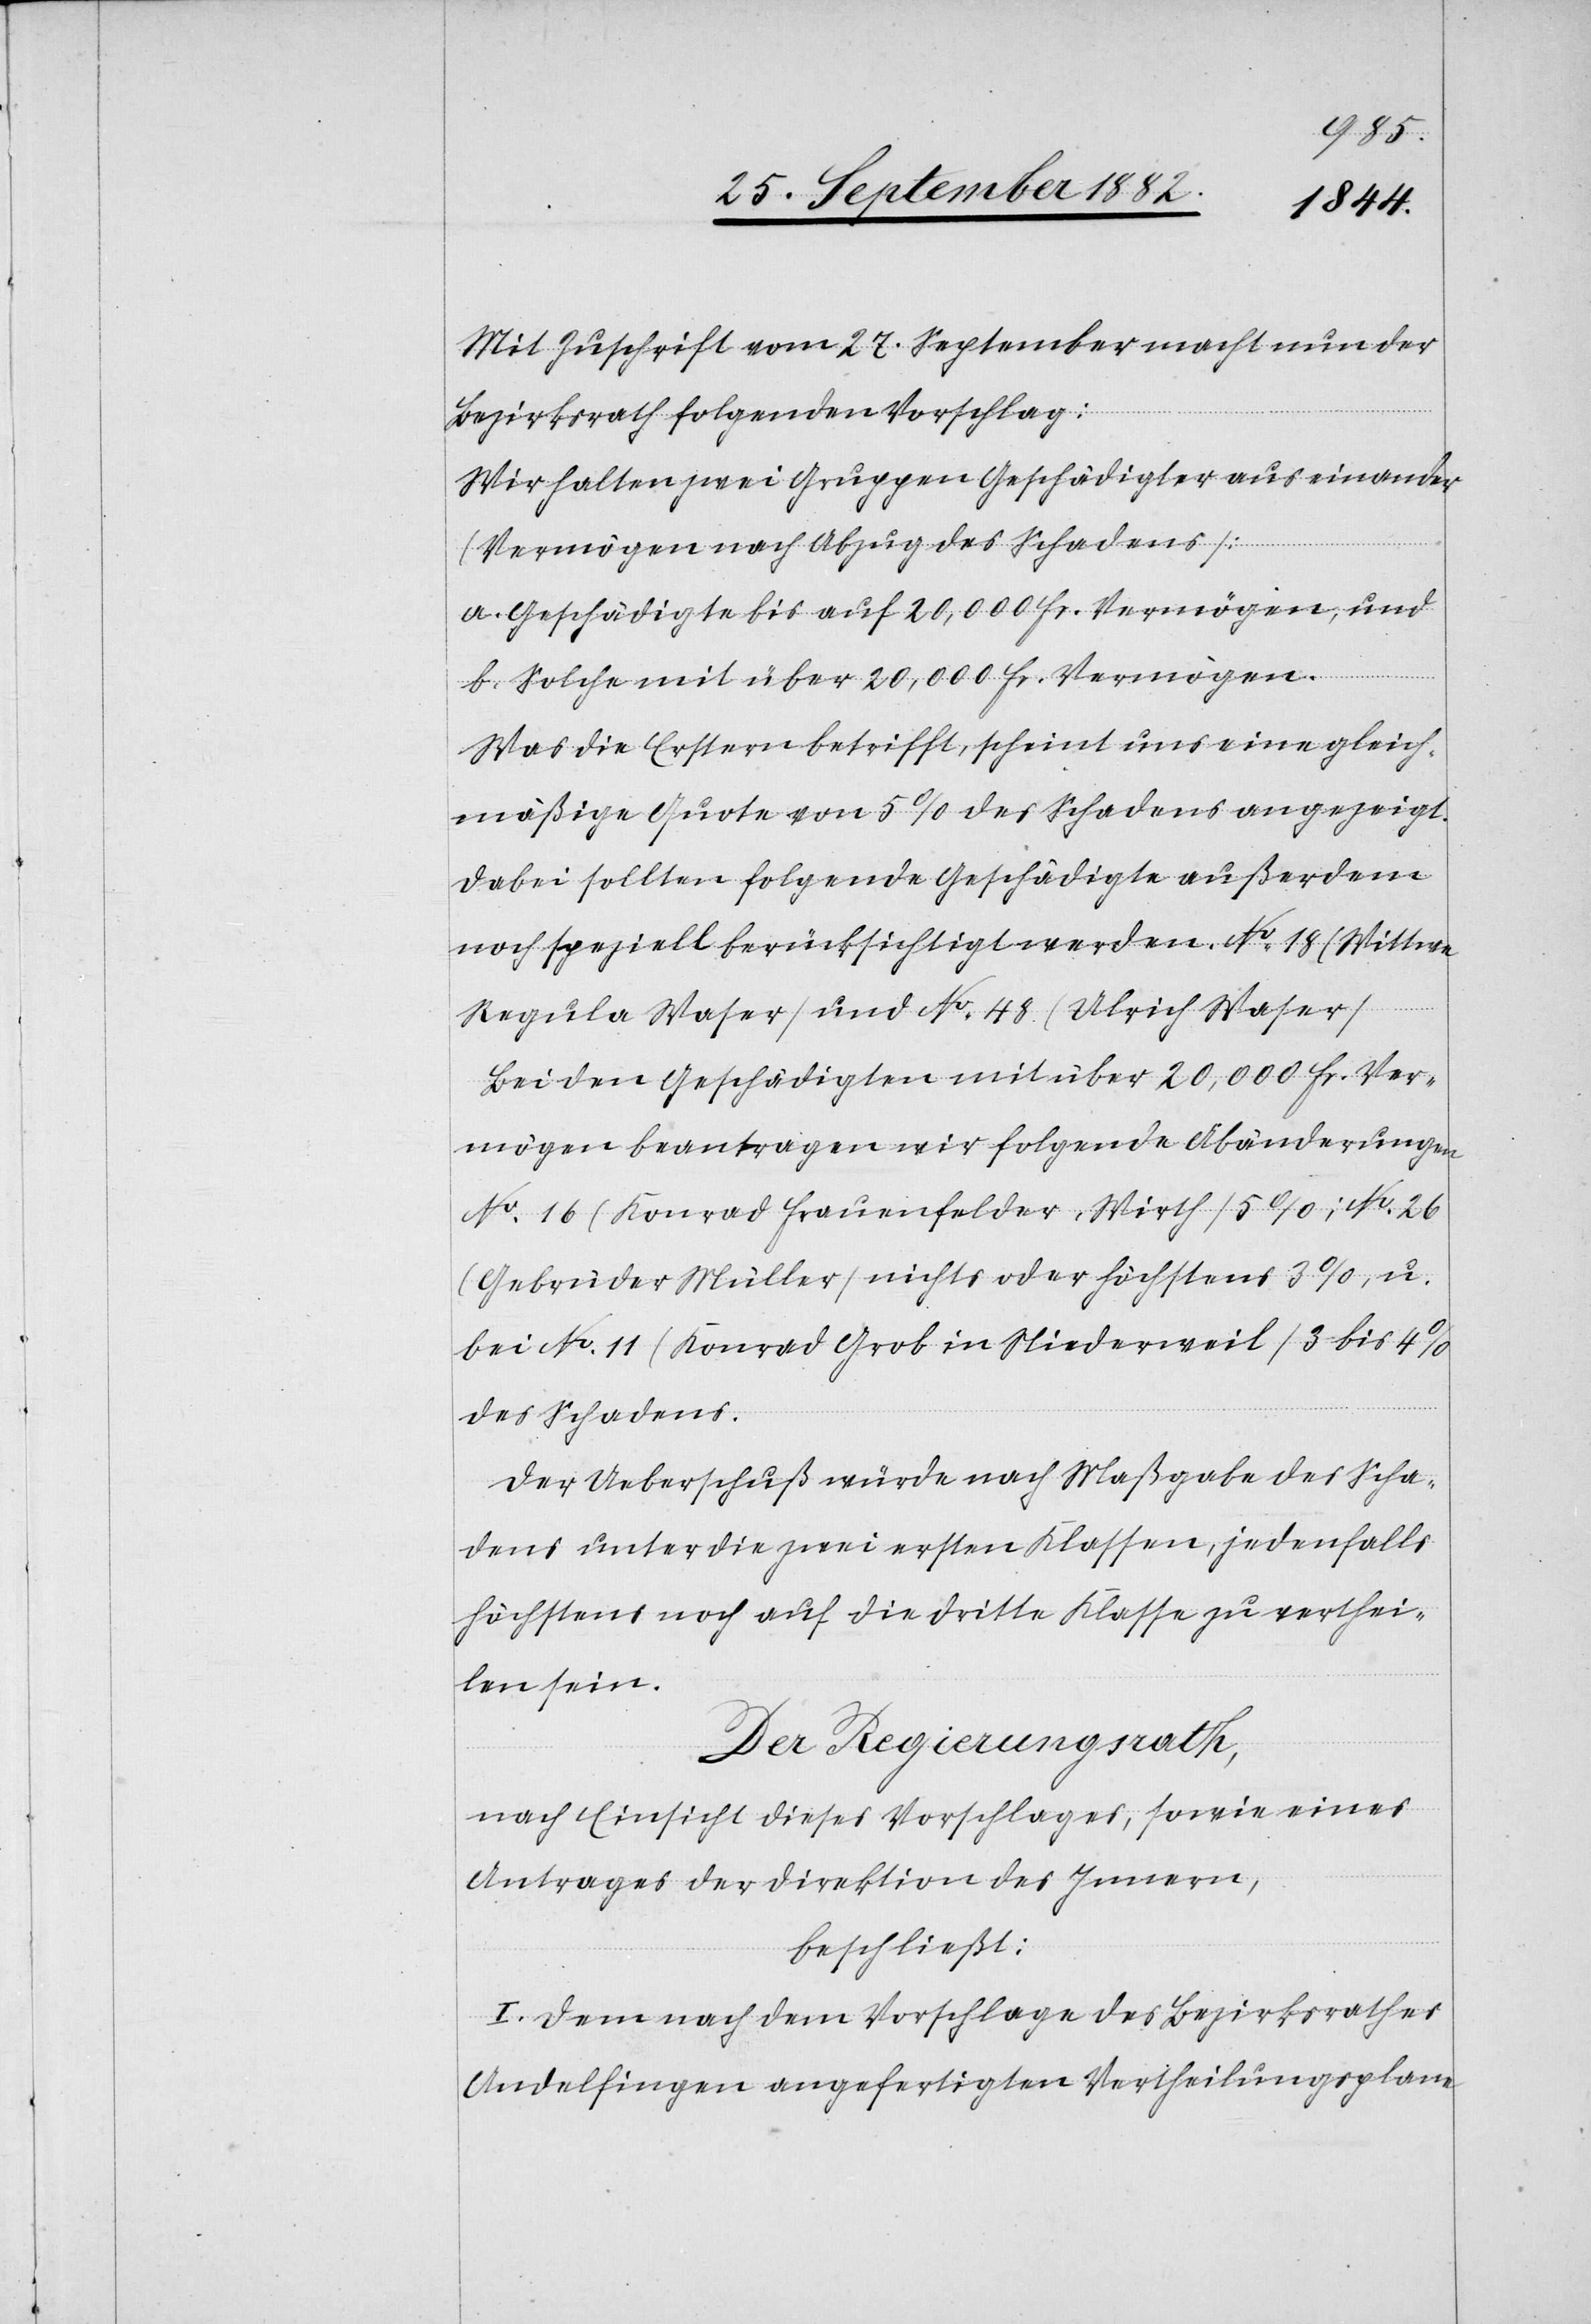
Mit Zuschrift vom 27. September macht nun der
Bezirksrath folgenden Vorschlag:
Wir halten zwei Gruppen Geschädigter auseinander
(Vermögen nach Abzug des Schadens):
a. Geschädigte bis auf 20,000 Fr. Vermögen und
b. Solche mit über 20,000 Fr. Vermögen.
Was die Erstern betrifft, scheint uns eine gleich¬
mäßige Quote von 5% des Schadens angezeigt.
Dabei sollten folgende Geschädigte außerdem
noch speziell berücksichtigt werden. No 18 (Wittwe
Regula Waser) und No 48 (Ulrich Waser).
Bei den Geschädigten mit über 20,000 Fr. Ver¬
mögen beantragen wir folgende Abänderungen:
No 16 (Konrad Frauenfelder, Wirth) 5%; No 26
(Gebrüder Müller) nichts oder höchstens 3%, u.
bei No 11 (Konrad Grob in Niederweil) 3 bis 4%
des Schadens.
Der Ueberschuß würde nach Maßgabe des Scha¬
dens unter die zwei ersten Klassen, jedenfalls
höchstens nach auf die dritte Klasse zu verthei¬
len sein.
Der Regierungsrath,
nach Einsicht dieses Vorschlages, sowie eines
Antrages der Direktion des Innern,
beschließt:
I. Dem nach dem Vorschlage des Bezirksrathes
Andelfingen angefertigten Vertheilungsplane